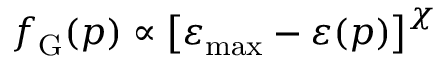
f _ { \mathrm { G } } ( \v { p } ) \propto \left[ \varepsilon _ { \mathrm { m a x } } - \varepsilon ( \v { p } ) \right] ^ { \chi }